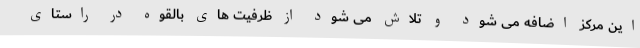
این مرکز اضافه می شود و تلاش می شود از ظرفیت های بالقوه در راستای